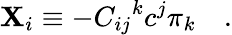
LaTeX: \mathbf{X}_{i}\equiv-{C_{ij}}^{k}c^{j}\pi_{k}\quad.